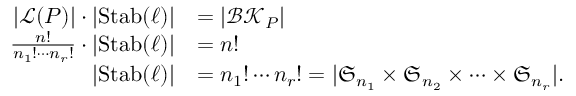
\begin{array} { r l } { | { \mathcal { L } } ( P ) | \cdot | { \operatorname { S t a b } } ( \ell ) | } & { = | \mathcal { B K } _ { P } | } \\ { \frac { n ! } { n _ { 1 } ! \cdots n _ { r } ! } \cdot | { \operatorname { S t a b } } ( \ell ) | } & { = n ! } \\ { | { \operatorname { S t a b } } ( \ell ) | } & { = n _ { 1 } ! \cdots n _ { r } ! = | { \mathfrak { S } } _ { n _ { 1 } } \times { \mathfrak { S } } _ { n _ { 2 } } \times \dots \times { \mathfrak { S } } _ { n _ { r } } | . } \end{array}